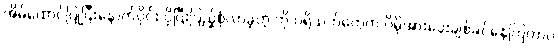
အိမ်ထောင်ပြုပြီးနောက်ပိုင်း ပိုပြီးပြည့်စုံလာခဲ့တဲ့ ကို ပရိသတ်တွေက ပိုမိုအားပေးချစ်ခင်နေကြတာပဲ